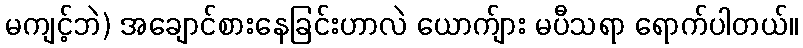
မကျင့်ဘဲ) အချောင်စားနေခြင်းဟာလဲ ယောက်ျား မပီသရာ ရောက်ပါတယ်။